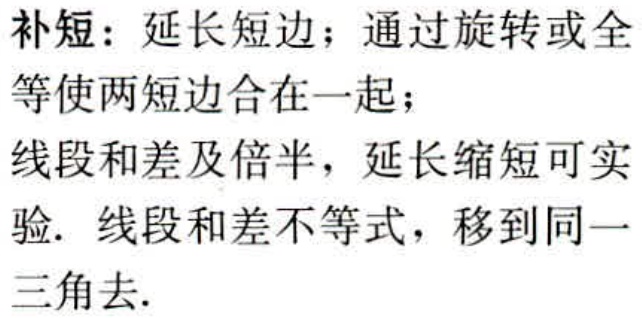
补短：延长短边；通过旋转或全等使两短边合在一起；

线段和差及倍半，延长缩短可实验. 线段和差不等式，移到同一三角去.